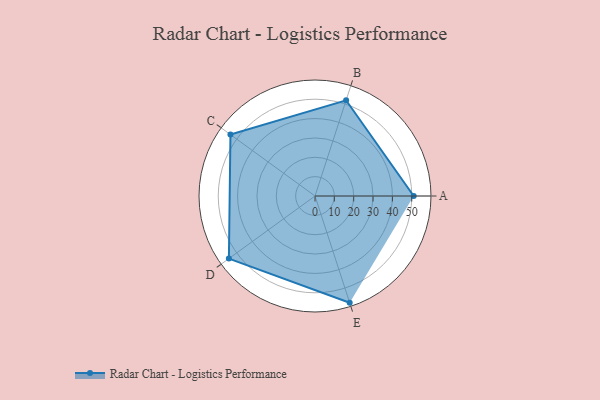
{"axis": {"x": "Skill", "y": "Score"}, "legend": ["Profile"], "data": [{"x": "A", "y": 51.0, "type": "Profile"}, {"x": "B", "y": 52.0, "type": "Profile"}, {"x": "C", "y": 54.0, "type": "Profile"}, {"x": "D", "y": 55.0, "type": "Profile"}, {"x": "E", "y": 58.0, "type": "Profile"}]}